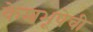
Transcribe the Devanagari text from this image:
केशभूषेची